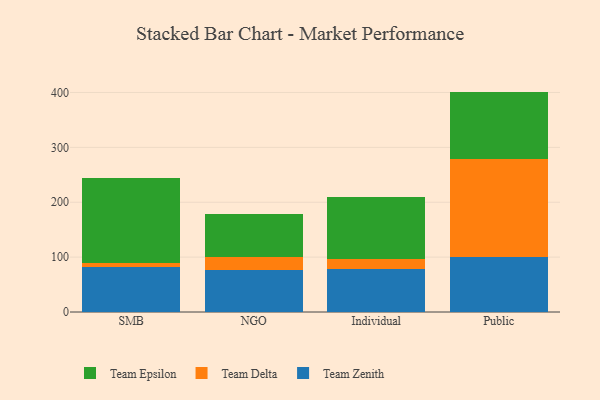
{"axis": {"x": "Segment", "y": "Tickets Resolved"}, "legend": ["Team Delta", "Team Epsilon", "Team Zenith"], "data": [{"x": "SMB", "y": 81.3, "type": "Team Zenith"}, {"x": "SMB", "y": 8.2, "type": "Team Delta"}, {"x": "SMB", "y": 154.3, "type": "Team Epsilon"}, {"x": "NGO", "y": 77.0, "type": "Team Zenith"}, {"x": "NGO", "y": 23.6, "type": "Team Delta"}, {"x": "NGO", "y": 78.0, "type": "Team Epsilon"}, {"x": "Individual", "y": 79.0, "type": "Team Zenith"}, {"x": "Individual", "y": 17.0, "type": "Team Delta"}, {"x": "Individual", "y": 113.3, "type": "Team Epsilon"}, {"x": "Public", "y": 100.0, "type": "Team Zenith"}, {"x": "Public", "y": 179.1, "type": "Team Delta"}, {"x": "Public", "y": 122.5, "type": "Team Epsilon"}]}